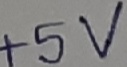
Text: +5V